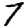
Digit: 7